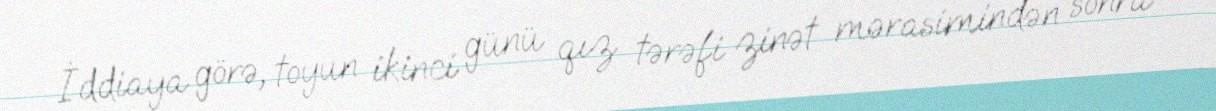
İddiaya görə, toyun ikinci günü qız tərəfi zinət mərasimindən sonra